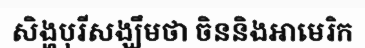
សិង្ហបុរីសង្ឃឹមថា ចិននិងអាមេរិក